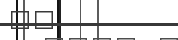
٣٥